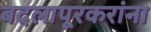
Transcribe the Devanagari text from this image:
बदलापूरकरांना